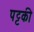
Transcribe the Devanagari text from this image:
पट्टकी